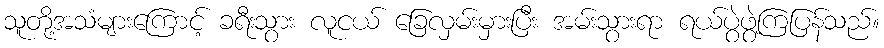
သူတို့အသံများကြောင့် ခရီးသွား လူငယ် ခြေလှမ်းမှားပြီး အမ်းသွားရာ ရယ်ပွဲဖွဲ့ကြပြန်သည်။